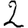
Digit: 2